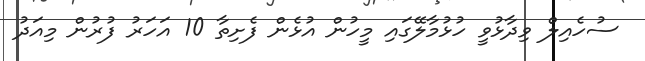
ސުހެއިލް ވިދާޅުވީ ހުޅުމާލޭގައި މީހުން އުޅެން ފެށިތާ 10 އަހަރު ފުރުން މިއަދު